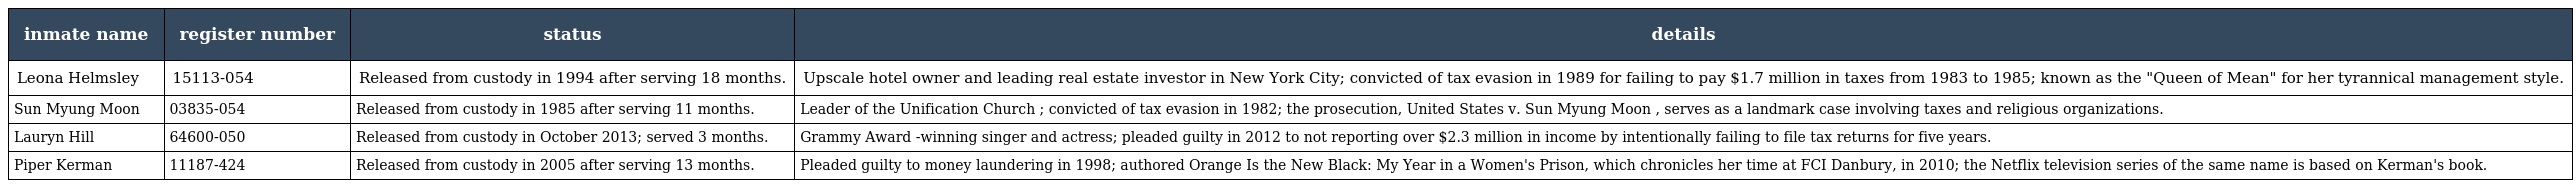
| inmate name | register number | status | details |
 | --- | --- | --- | --- |
 | Leona Helmsley | 15113-054 | Released from custody in 1994 after serving 18 months. | Upscale hotel owner and leading real estate investor in New York City; convicted of tax evasion in 1989 for failing to pay $1.7 million in taxes from 1983 to 1985; known as the "Queen of Mean" for her tyrannical management style. |
 | Sun Myung Moon | 03835-054 | Released from custody in 1985 after serving 11 months. | Leader of the Unification Church ; convicted of tax evasion in 1982; the prosecution, United States v. Sun Myung Moon , serves as a landmark case involving taxes and religious organizations. |
 | Lauryn Hill | 64600-050 | Released from custody in October 2013; served 3 months. | Grammy Award -winning singer and actress; pleaded guilty in 2012 to not reporting over $2.3 million in income by intentionally failing to file tax returns for five years. |
 | Piper Kerman | 11187-424 | Released from custody in 2005 after serving 13 months. | Pleaded guilty to money laundering in 1998; authored Orange Is the New Black: My Year in a Women's Prison, which chronicles her time at FCI Danbury, in 2010; the Netflix television series of the same name is based on Kerman's book. |